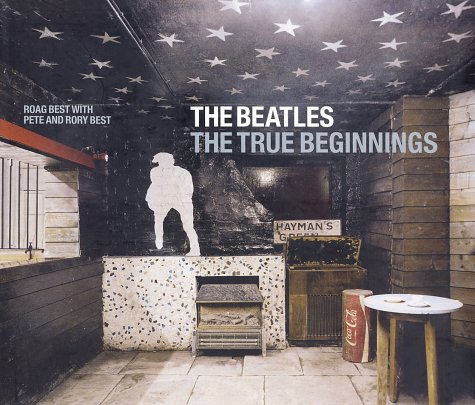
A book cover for The Beatles: The True Beginnings; Roag Best; Humor & Entertainment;